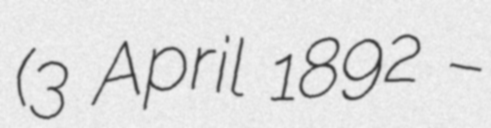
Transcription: (3 April 1892 –